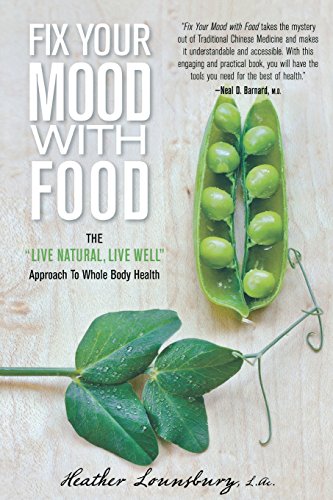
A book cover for Fix Your Mood with Food: The "Live Natural, Live Well" Approach To Whole Body Health; Heather Lounsbury; Health, Fitness & Dieting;